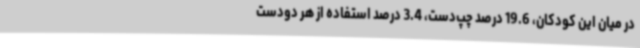
در میان این کودکان، 19.6 درصد چپ‌دست، 3.4 درصد استفاده از هر دودست